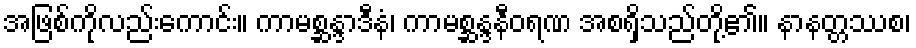
အဖြစ်ကိုလည်းကောင်း။ ကာမစ္ဆန္ဒာဒီနံ၊ ကာမစ္ဆန္ဒနီဝရဏ အစရှိသည်တို့၏။ နာနတ္တဿစ၊